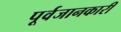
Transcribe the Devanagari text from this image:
पूर्वजानकारी